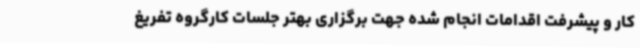
کار و پیشرفت اقدامات انجام شده جهت برگزاری بهتر جلسات کارگروه تفریغ